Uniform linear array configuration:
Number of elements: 16
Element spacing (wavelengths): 0.75
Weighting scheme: hamming
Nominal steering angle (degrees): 45
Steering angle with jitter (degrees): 44.842
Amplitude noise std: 0.05
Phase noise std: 0.05

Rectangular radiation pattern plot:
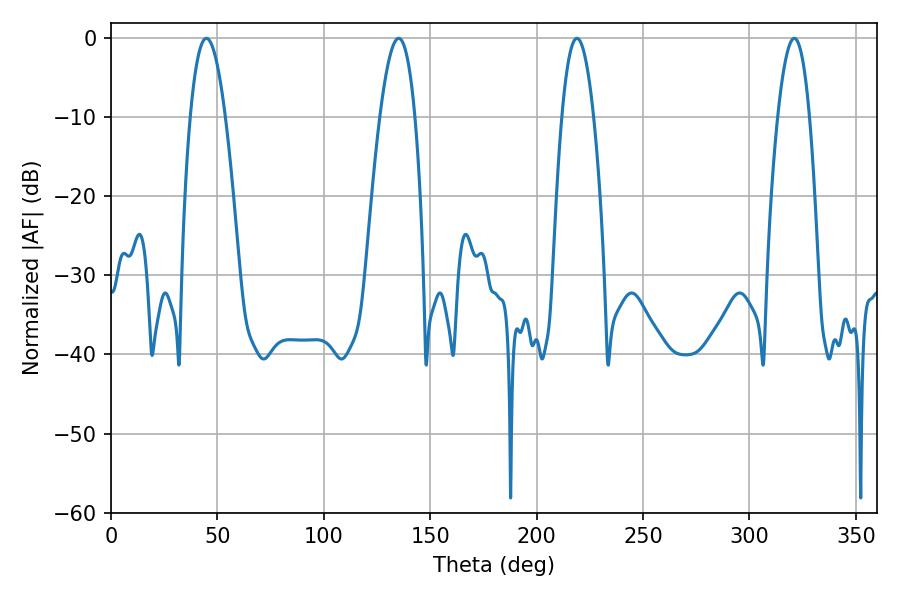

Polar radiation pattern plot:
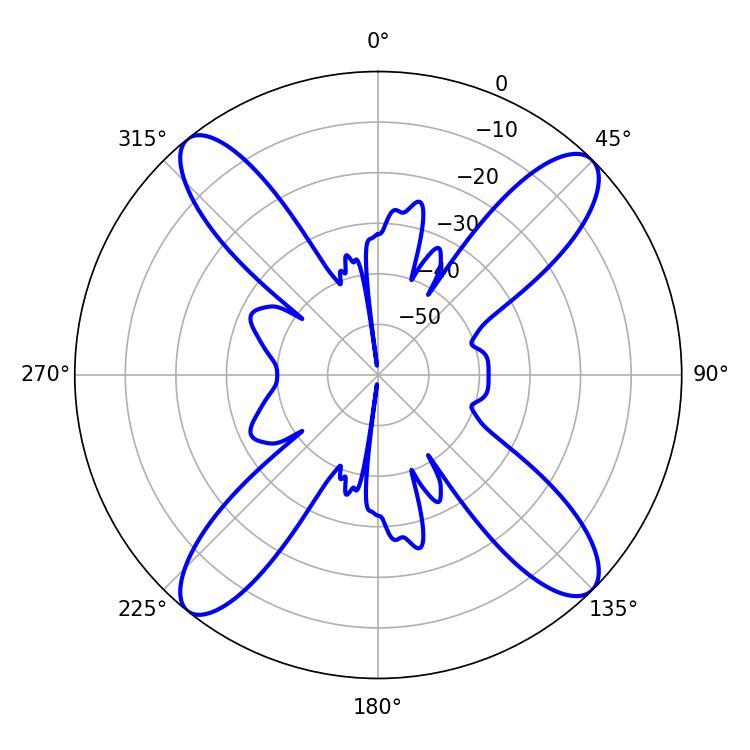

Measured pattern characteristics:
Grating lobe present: TRUE
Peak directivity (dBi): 16.341
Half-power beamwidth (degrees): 9
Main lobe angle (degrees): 44.82